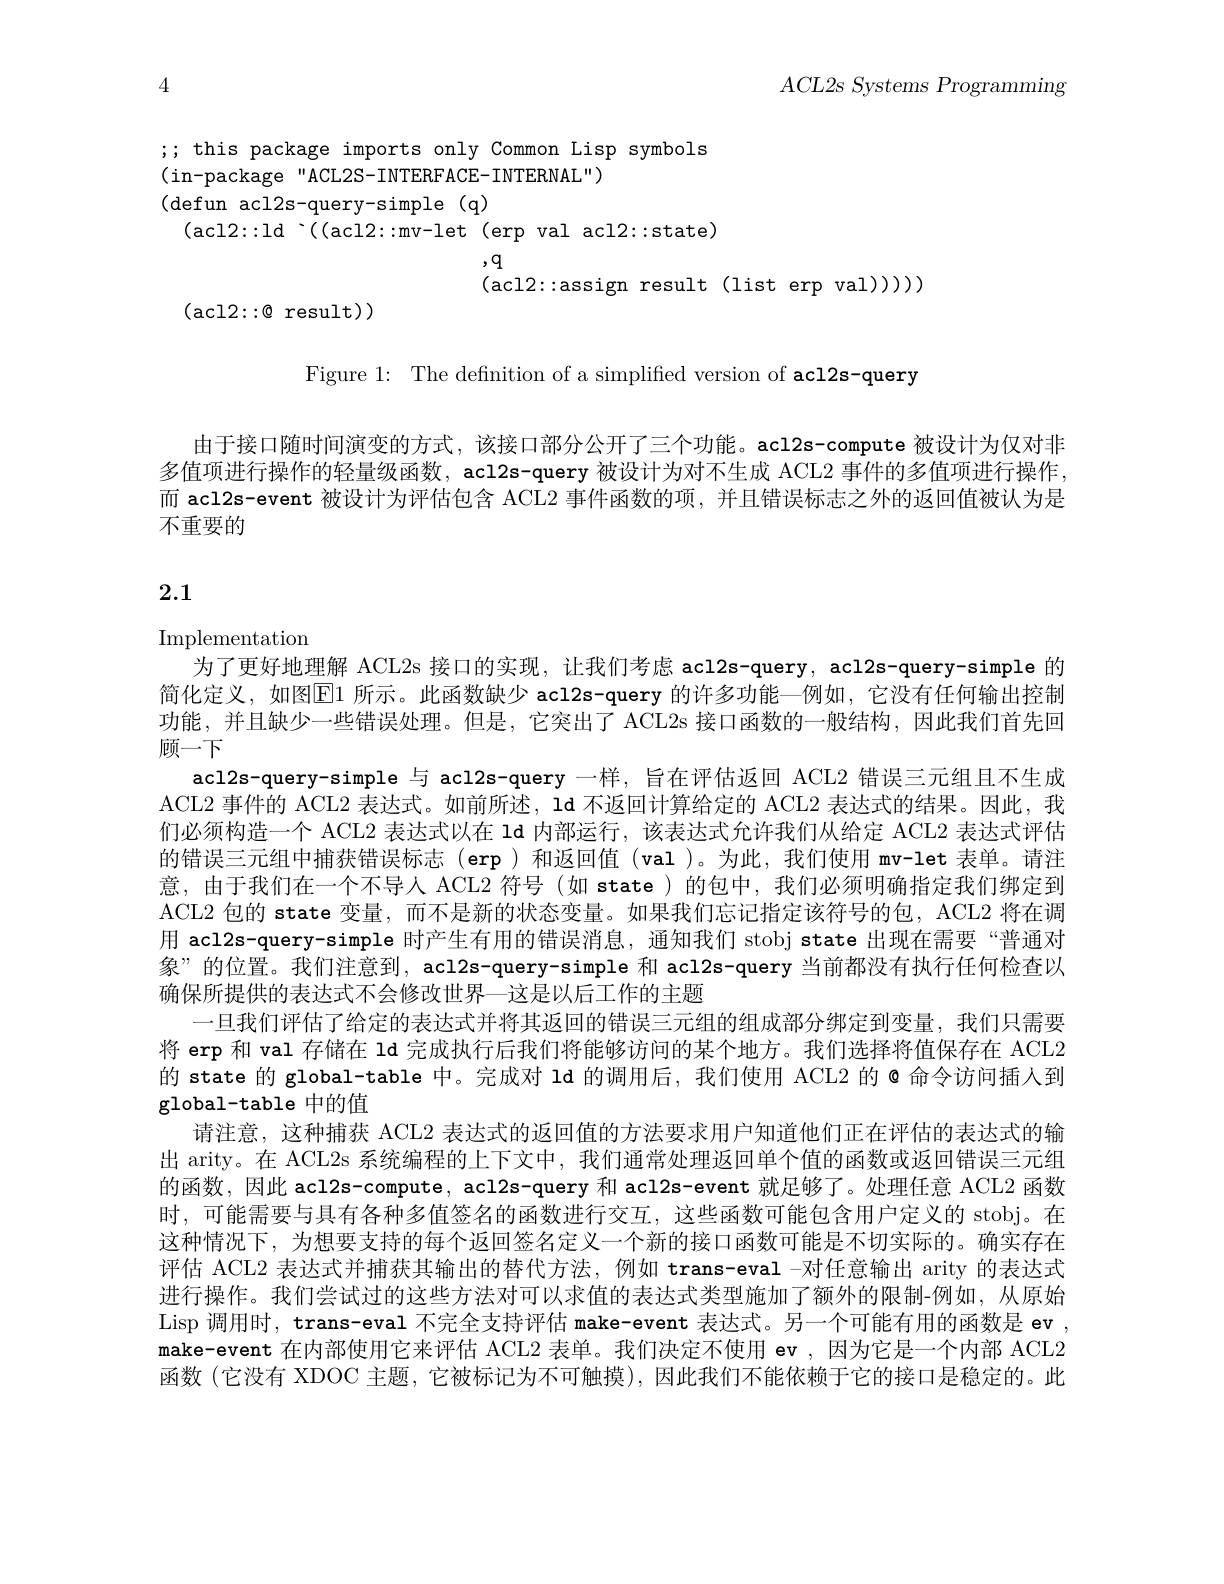
$ACL2s~Systems~Programming$

4

; this package imports only Common Lisp symbols
(in-package"ACL2S-INTERFACE-INTERNAL")

(defun acl2s-query-simple(q)

(acl2::1d$^{\mathrm{~^{\prime}((acl2::mv-let(erpvalacl2::state)}}$

$\begin{array}{l}{,\mathrm{q}}\\{(\mathrm{acl2::assign~result~(list~erp~val)))}}\end{array}$

(acl$2::\otimes$result))

Figure 1: The definition of a simplified version of acl2s-query

由于接口随时间演变的方式，该接口部分公开了三个功能。acl2s-compute 被设计为仅对非多值项进行操作的轻量级函数，acl2s-query 被设计为对不生成 ACL2 事件的多值项进行操作， 而 acl2s-event 被设计为评估包含 ACL2 事件函数的项 , 并且错误标志之外的返回值被认为是不重要的

# 2.1

Implementation
为了更好地理解 ACL2s 接口的实现，让我们考虑 acl2s-query, acl2s-query-simple 的简化定义，如图$\overline{\mathrm{E}}$1 所示。此函数缺少 acl2s-query 的许多功能一例如，它没有任何输出控制功能，并且缺少一些错误处理。但是，它突出了 ACL2s 接口函数的一般结构，因此我们首先回顾一下
acl2s-query-simple 与 acl2s-query 一样，旨在评估返回 ACL2 错误三元组且不生成ACL2 事件的 ACL2 表达式。如前所述，ld 不返回计算给定的 ACL2 表达式的结果。因此，我们必须构造一个 ACL2 表达式以在 Id 内部运行，该表达式允许我们从给定 ACL2 表达式评估的错误三元组中捕获错误标志(erp)和返回值(val )。为此，我们使用 mv-let 表单。请注意，由于我们在一个不导人 ACL2 符号(如 state)的包中，我们必须明确指定我们绑定到ACL2 包的 state 变量，而不是新的状态变量。如果我们忘记指定该符号的包，ACL2 将在调用 acl2s-query-simple 时产生有用的错误消息，通知我们 stobj state 出现在需要“普通对象”的位置。我们注意到，acl2s-query-simple 和 acl2s-query 当前都没有执行任何检查以确保所提供的表达式不会修改世界一这是以后工作的主题
一旦我们评估了给定的表达式并将其返回的错误三元组的组成部分绑定到变量，我们只需要将 erp 和 val 存储在 ld 完成执行后我们将能够访问的某个地方。我们选择将值保存在 ACL2的 state 的 global-table 中。完成对 ld 的调用后，我们使用 ACL2 的 @ 命令访问插人到global-table 中的值
请注意，这种捕获 ACL2 表达式的返回值的方法要求用户知道他们正在评估的表达式的输出 arity。在 ACL2s 系统编程的上下文中，我们通常处理返回单个值的函数或返回错误三元组的函数，因此 acl2s-compute, acl2s-query 和 acl2s-event 就足够了。处理任意 ACL2 函数时，可能需要与具有各种多值签名的函数进行交互，这些函数可能包含用户定义的 stobj。在这种情况下，为想要支持的每个返回签名定义一个新的接口函数可能是不切实际的。确实存在评估 ACL2 表达式并捕获其输出的替代方法，例如 trans-eval -对任意输出 arity 的表达式进行操作。我们尝试过的这些方法对可以求值的表达式类型施加了额外的限制-例如，从原始Lisp 调用时，trans-eval 不完全支持评估 make-event 表达式。另一个可能有用的函数是 ev , make-event 在内部使用它来评估 ACL2 表单。我们决定不使用 ev ,因为它是一个内部 ACL2函数(它没有 XDOC 主题，它被标记为不可触摸),因此我们不能依赖于它的接口是稳定的。此